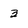
Character: 3